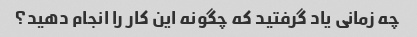
چه زمانی یاد گرفتید که چگونه این کار را انجام دهید؟